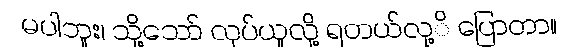
မပါဘူး၊ သို့သော် လုပ်ယူလို့ ရတယ်လု့ိ ပြောတာ။